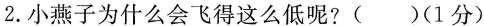
2.小燕子为什么会飞得这么低呢?( )(1分)